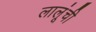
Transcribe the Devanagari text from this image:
लालूंची